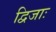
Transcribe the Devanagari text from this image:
द्विजाः